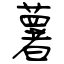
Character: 薯